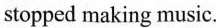
stopped making music.